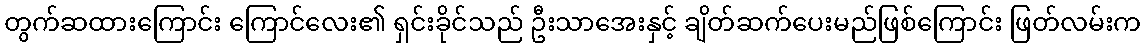
တွက်ဆထားကြောင်း ကြောင်လေး၏ ရှင်းခိုင်သည် ဦးသာအေးနှင့် ချိတ်ဆက်ပေးမည်ဖြစ်ကြောင်း ဖြတ်လမ်းက